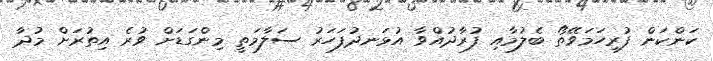
ކަންކަން ފުރިހަމަވޭތޯ ބެލުމާއި ފުރާދުއްވާ އުޅަނދުފަހަރު ސަލާމަތީ މިންގަޑަށް ވުރެ އިތުރަށް މުދާ